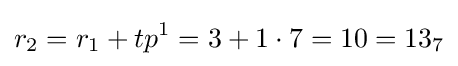
r_{2}=r_{1}+tp^{1}=3+1\cdot 7=10=13_{7}